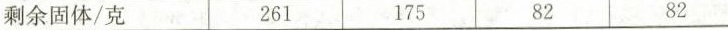
剩余固体/克 261 175 82 82